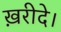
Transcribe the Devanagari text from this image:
ख़रीदे।